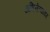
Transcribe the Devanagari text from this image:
अभिनेत्यावर